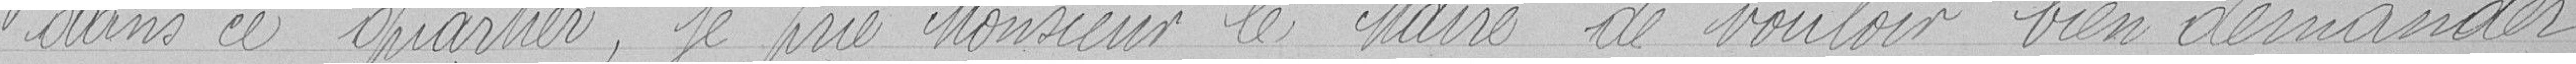
dans ce quartier, je prie Monsieur le Maire de vouloir bien demander